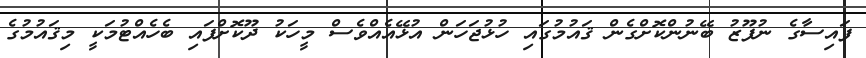
ފައިސާގެ ނުފޫޒު ބޭނުންކޮށްގެން ޤައުމުގައި ހުޅުޖަހަން އުޅޭއެއްވެސް މީހަކު ދޫކޮށްފައި ބެހެއްޓުމަކީ މިޤައުމުގެ